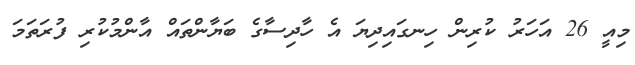
މިއީ 26 އަހަރު ކުރިން ހިނގައިދިޔަ އެ ހާދިސާގެ ބަޔާންތައް އާންމުކުރި ފުރަތަމަ